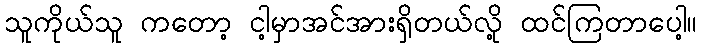
သူကိုယ်သူ ကတော့ ငါ့မှာအင်အားရှိတယ်လို့ ထင်ကြတာပေါ့။